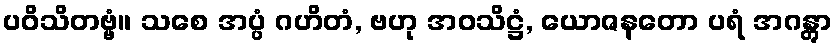
ပဝိသိတဗ္ဗံ။ သစေ အပ္ပံ ဂဟိတံ, ဗဟု အဝသိဋ္ဌံ, ယောဇနတော ပရံ အဂန္တွာ